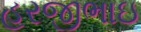
હરજીભાઇ